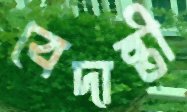
বেদান্তী